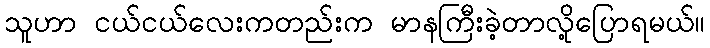
သူဟာ ငယ်ငယ်လေးကတည်းက မာနကြီးခဲ့တာလို့ပြောရမယ်။